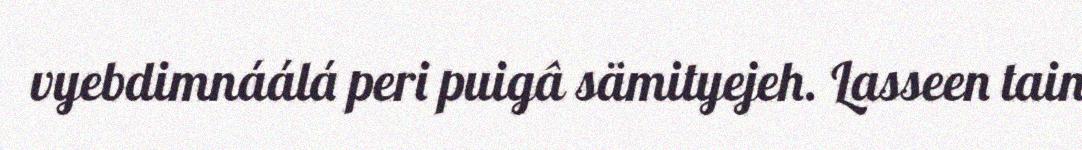
vyebdimnáálá peri puigâ sämityejeh. Lasseen tain